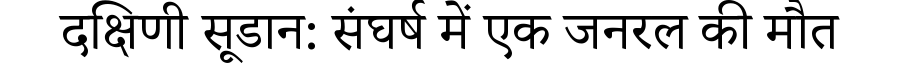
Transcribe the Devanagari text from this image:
दक्षिणी सूडान: संघर्ष में एक जनरल की मौत